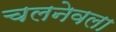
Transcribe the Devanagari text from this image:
चलनेवला